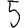
Digit: 5